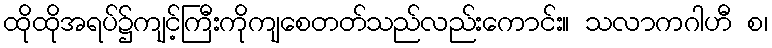
ထိုထိုအရပ်၌ကျင့်ကြီးကိုကျစေတတ်သည်လည်းကောင်း။ သလာကဂါဟီ စ၊